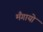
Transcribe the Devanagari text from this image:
मँगायो